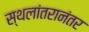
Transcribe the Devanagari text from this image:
स्थलांतरानंतर